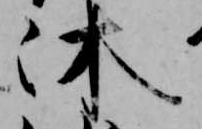
沐